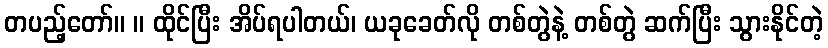
တပည့်တော်။ ။ ထိုင်ပြီး အိပ်ရပါတယ်၊ ယခုခေတ်လို တစ်တွဲနဲ့ တစ်တွဲ ဆက်ပြီး သွားနိုင်တဲ့